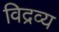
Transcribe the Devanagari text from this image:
विद्रव्य